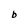
Character: b